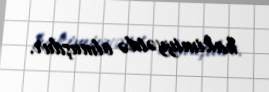
hakimiyyətdə olmuşdur.